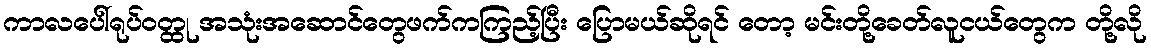
ကာလပေါ်ရုပ်ဝတ္ထု အသုံးအဆောင်တွေဖက်ကကြည့်ပြီး ပြောမယ်ဆိုရင် တော့ မင်းတို့ခေတ်လူငယ်တွေက တို့လို